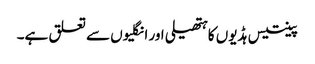
پینتیس ہڈیوں کا ہتھیلی اور انگلیوں سے تعلق ہے۔